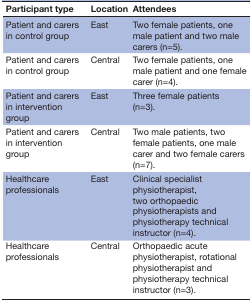
<table><thead><tr><td><b>Participant type</b></td><td><b>Location</b></td><td><b>Attendees</b></td></tr></thead><tbody><tr><td>Patient and carers in control group</td><td>East</td><td>Two female patients, one male patient and two male carers (n=5).</td></tr><tr><td>Patient and carers in control group</td><td>Central</td><td>Two female patients, one male patient and one female carer (n=4).</td></tr><tr><td>Patient and carers in intervention group</td><td>East</td><td>Three female patients (n=3).</td></tr><tr><td>Patient and carers in intervention group</td><td>Central</td><td>Two male patients, two female patients, one male carer and two female carers (n=7).</td></tr><tr><td>Healthcare professionals</td><td>East</td><td>Clinical specialist physiotherapist, two orthopaedic physiotherapists and physiotherapy technical instructor (n=4).</td></tr><tr><td>Healthcare professionals</td><td>Central</td><td>Orthopaedic acute physiotherapist, rotational physiotherapist and physiotherapy technical instructor (n=3).</td></tr></tbody></table>